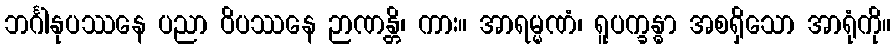
ဘင်္ဂါနုပဿနေ ပညာ ဝိပဿနေ ဉာဏန္တိ၊ ကား။ အာရမ္မဏံ၊ ရူပက္ခန္ဓာ အစရှိသော အာရုံကို။